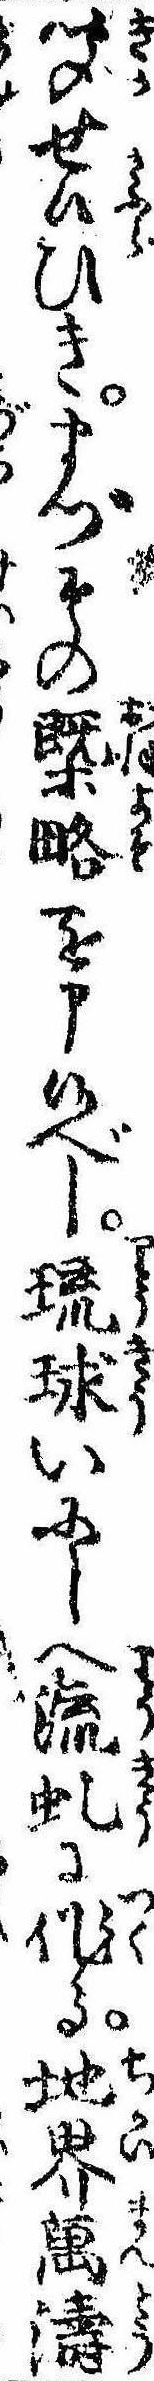
聞せ候ひきまづその概略を申候べし琉球いにしへ流虬に作る地界万濤